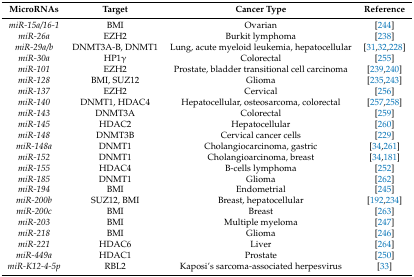
<table><thead><tr><td><b>MicroRNAs</b></td><td><b>Target</b></td><td><b>Cancer Type</b></td><td><b>Reference</b></td></tr></thead><tbody><tr><td><i>miR-15a/16-1</i></td><td>BMI</td><td>Ovarian</td><td>[244]</td></tr><tr><td><i>miR-26a</i></td><td>EZH2</td><td>Burkit lymphoma</td><td>[238]</td></tr><tr><td><i>miR-29a/b</i></td><td>DNMT3A-B, DNMT1</td><td>Lung, acute myeloid leukemia, hepatocellular </td><td>[31,32,228]</td></tr><tr><td><i>miR-30a</i></td><td>HP1γ</td><td>Colorectal</td><td>[255]</td></tr><tr><td><i>miR-101</i></td><td>EZH2</td><td>Prostate, bladder transitional cell carcinoma</td><td>[239,240]</td></tr><tr><td><i>miR-128</i></td><td>BMI, SUZ12 </td><td>Glioma</td><td>[235,243]</td></tr><tr><td><i>miR-137</i></td><td>EZH2</td><td>Cervical </td><td>[256]</td></tr><tr><td><i>miR-140</i></td><td>DNMT1, HDAC4</td><td>Hepatocellular, osteosarcoma, colorectal </td><td>[257,258]</td></tr><tr><td><i>miR-143</i></td><td>DNMT3A</td><td>Colorectal</td><td>[259]</td></tr><tr><td><i>miR-145</i></td><td>HDAC2</td><td>Hepatocellular </td><td>[260]</td></tr><tr><td><i>miR-148</i></td><td>DNMT3B</td><td>Cervical cancer cells</td><td>[229]</td></tr><tr><td><i>miR-148a</i></td><td>DNMT1</td><td>Cholangiocarcinoma, gastric </td><td>[34,261]</td></tr><tr><td><i>miR-152</i></td><td>DNMT1</td><td>Cholangioarcinoma, breast</td><td>[34,181]</td></tr><tr><td><i>miR-155</i></td><td>HDAC4</td><td>B-cells lymphoma</td><td>[252]</td></tr><tr><td><i>miR-185</i></td><td>DNMT1</td><td>Glioma </td><td>[262]</td></tr><tr><td><i>miR-194</i></td><td>BMI</td><td>Endometrial </td><td>[245]</td></tr><tr><td><i>miR-200b</i></td><td>SUZ12, BMI</td><td>Breast, hepatocellular</td><td>[192,234]</td></tr><tr><td><i>miR-200c</i></td><td>BMI</td><td>Breast </td><td>[263]</td></tr><tr><td><i>miR-203</i></td><td>BMI</td><td>Multiple myeloma</td><td>[247]</td></tr><tr><td><i>miR-218</i></td><td>BMI</td><td>Glioma</td><td>[246]</td></tr><tr><td><i>miR-221</i></td><td>HDAC6</td><td>Liver </td><td>[264]</td></tr><tr><td><i>miR-449a</i></td><td>HDAC1</td><td>Prostate</td><td>[250]</td></tr><tr><td><i>miR-K12-4-5p</i></td><td>RBL2</td><td>Kaposi’s sarcoma-associated herpesvirus</td><td>[33]</td></tr></tbody></table>